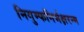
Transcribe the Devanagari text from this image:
निगुम्फनिर्भक्षरन्म